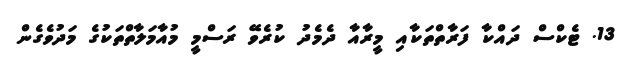
13. ޓެކްސް ދައްކާ ފަރާތްތަކާއި މީރާއާ ދެމެދު ކުރެވޭ ރަސްމީ މުއާމަލާތްތަކުގެ މަދުވެގެން